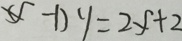
( x - 1 ) y = 2 x + 2